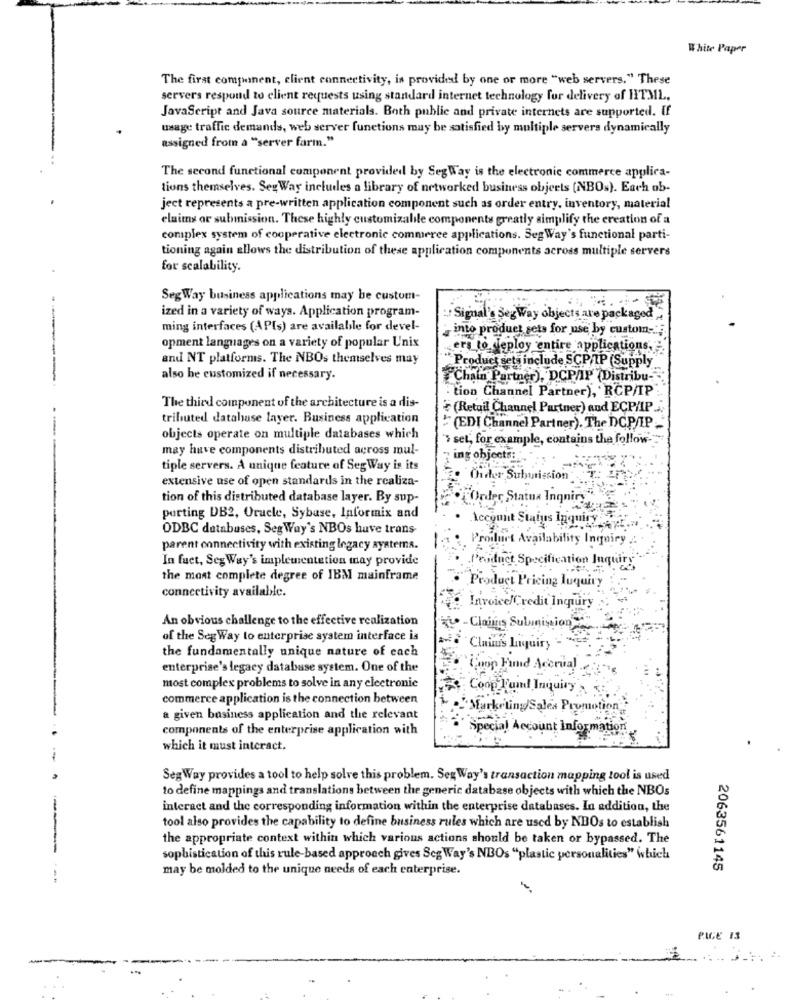
White Paper
The first component, client connectivity, is provided by one or more "web servers." These
servers respond to client requests using standard internet technology for delivery of HTML,
JavaScript and Java source materials. Both public and private internets are supported. If
usage traffic demands, web server functions may be satisfied by multiple servers dynamically
assigned from a "server farm."
The second functional component provided by SegWay is the electronic commerce applica-
tions themselves. Sex Way includes a library of networked business objects (NBOs). Each ob-
ject represents a pre-written application component such as order entry, inventory, material
elaims or submission. These highly customizable components greatly simplify the creation of a
complex system of cooperative electronic commerce applications. SegWay's functional parti-
tioning again allows the distribution of these application components across multiple servers
for scalability.
SegWay business applications may be custom-
ized in a variety of ways. Application program-
Signal's Segway objects are packaged"
ming interfaces (APIs) are available for devel-
into product sets for use by custom-" ;.
opment languages on a variety of popular Unix
ers to deploy entire applications,
and NT platforms. The NBOs themselves may
"Product sets include SCPAP (Supply
also be customized if necessary.
Chain Partner), DCP/IP (Distribu-
------
"tion Channel Partner), RCP/IP
The third component of the architecture is a dis-
(Retail Channel Partner) and ECP/IP.
tributed database layer. Business application
--
"(ED[ Channel Partner). The DCP/IP
objects operate on multiple databases which
'> set, for example, contains the follow-
may have components distributed across mul-
ing objects:
tiple servers. A unique feature of SegWay is its
extensive use of open standards in the realiza-
Oider Suburission
tion of this distributed database layer. By sup-
Order Statna Inquiry"
perting DB2, Oracle, Sybase, Informix and
ODBC databases, Seg Way's NBOs have trans
Account Status Inquiry ..
Product Availability Inquiry
parent connectivity with existing legacy systems.
In fuct, Seg Way's implementation may provide
Product Specification Inquiry
the most complete degree of IBM mainframe
Product Pricing luquiry
connectivity available.
Invoice/Credit Inquiry
An obvious challenge to the effective realization
-Claims Submission"
of the Seg Way to enterprise system interface is
Claims Laquiry -
the fundamentally unique nature of each
enterprise's legacy database system. One of the
Coop Find Accrual
most complex problems to solve in any electronic
Coop Tund Inquiry
commerce application is the connection between
MarketingSales Promotion
a given business application and the relevant
components of the enterprise application with
Special Account Information
which it must interact.
--
Seg Way provides a tool to help solve this problem. Seg Way's transaction mapping tool is used
to define mappings and translations between the generic database objects with which the NBOs
interact and the corresponding information within the enterprise databases. In addition, the
tool also provides the capability to define business rules which are used by NBOs to establish
the appropriate context within which various actions should be taken or bypassed. The
sophistication of this rule-based approach gives Seg Way's NBOs "plastic personalities" which
may be molded to the unique needs of each enterprise.
2063561145
PICE 13
-
..